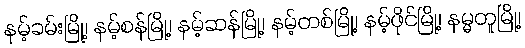
နမ့်ခမ်းမြို့၊ နမ့်စန်မြို့၊ နမ့်ဆန်မြို့၊ နမ့်တစ်မြို့၊ နမ့်ဖိုင်မြို့၊ နမ္မတူမြို့၊